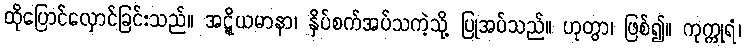
ထိုပြောင်လှောင်ခြင်းသည်။ အဋ္ဋိယမာနာ၊ နှိပ်စက်အပ်သကဲ့သို့ ပြုအပ်သည်။ ဟုတွာ၊ ဖြစ်၍။ ကုက္ကုရံ၊